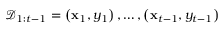
\mathcal { D } _ { 1 : t - 1 } = \left( \mathbf { x } _ { 1 } , y _ { 1 } \right) , \ldots , \left( \mathbf { x } _ { t - 1 } , y _ { t - 1 } \right)